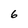
Character: 6